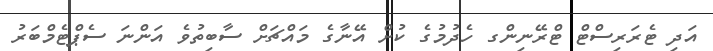
އަދި ޓެރަރިސްޓް ޓްރޭނިންގ ހެދުމުގެ ކުށް އޭނާގެ މައްޗަށް ސާބިތުވެ އަންނަ ސެޕްޓެމްބަރު